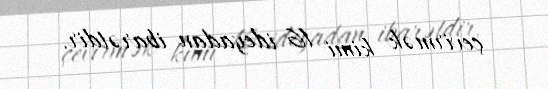
çevirmək kimi 16 ideyadan ibarətdir.